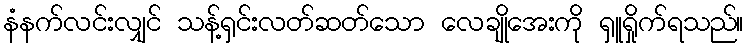
နံနက်လင်းလျှင် သန့်ရှင်းလတ်ဆတ်သော လေချိုအေးကို ရှူရှိုက်ရသည်။